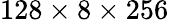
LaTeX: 128\times 8\times 256